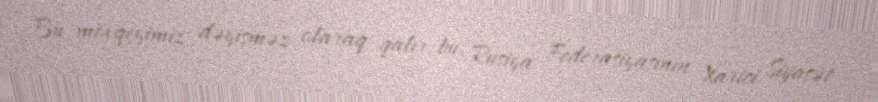
Bu mövqeyimiz dəyişməz olaraq qalır, bu, Rusiya Federasiyasının Xarici Siyasət